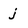
Character: j